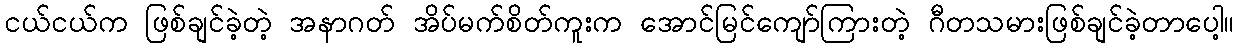
ငယ်ငယ်က ဖြစ်ချင်ခဲ့တဲ့ အနာဂတ် အိပ်မက်စိတ်ကူးက အောင်မြင်ကျော်ကြားတဲ့ ဂီတသမားဖြစ်ချင်ခဲ့တာပေါ့။